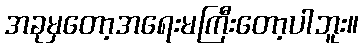
အခုမှတော့အရေးမကြီးတော့ပါဘူး။